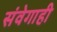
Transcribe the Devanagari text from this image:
संवेगाही